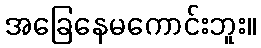
အခြေနေမကောင်းဘူး။